Report of the veterinary officer investigating camel disease
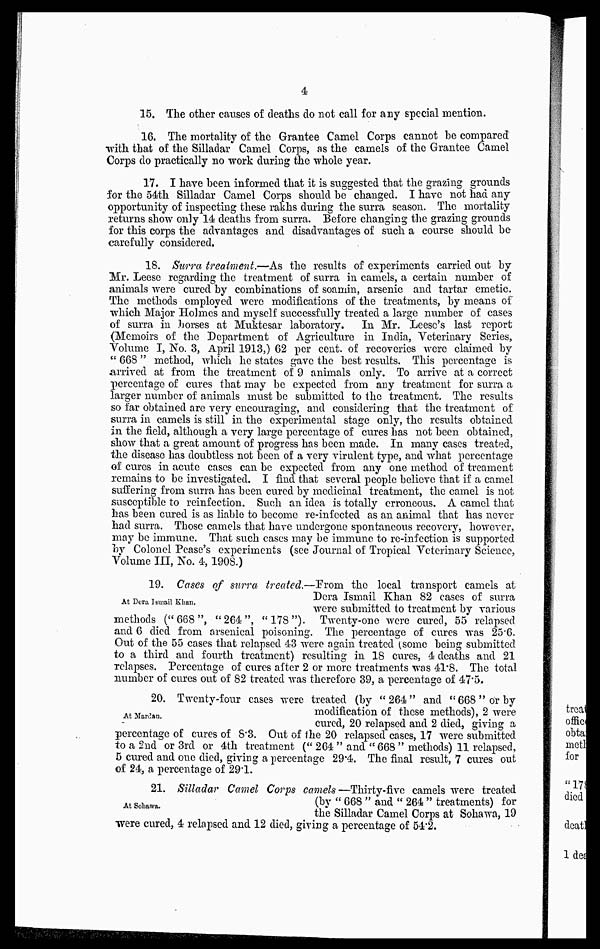
4
15. The other causes of deaths do not call fox any special mention.
16. The mortality of the Grantee Camel Corps cannot be compared
with that of the Silladar Camel Corps, as the camels of the Grantee Camel
Corps do practically no work during the whole year.
17. I have been informed that it is suggested that the grazing grounds
for the 54th Silladar Camel Corps should he changed. I have not had any
opportunity of inspecting these rakhs during the surra season. The mortality
returns show only 14 deaths from surra. Before changing the grazing grounds
for this corps the advantages and disadvantages of such a course should be
carefully considered.
18. Surra treatment.—As the results of experiments carried out by
Mr. Leese regarding the treatment of surra in camels, a certain number of
animals were cured by combinations of soamin, arsenic and tartar emetic.
The methods employed were modifications of the treatments, by means of
which Major Holmes and myself successfully treated a large number of cases
of surra in horses at Muktesar laboratory.
In Mr. Leese's last report
(Memoirs of the Department of Agriculture in India, Veterinary Series,
Volume I, No. 3, April 1913,) 62 per cent. of recoveries were claimed by
" 668 " method, which he states gave the best results. This percentage is
arrived at from the treatment of 9 animals only. To arrive at a correct
percentage of cures that may be expected from any treatment for surra a
larger number of animals must be submitted to the treatment. The results
so far obtained are very encouraging, and considering that the treatment of
surra in camels is still in the experimental stage only, the results obtained
in the field, although a very large percentage of cures has not been obtained,
show that a great amount of progress has been made. In many cases treated,
the disease has doubtless not been of a very virulent type, and what percentage
of cures in acute cases can be expected from any one method of treament
remains to be investigated. I find that several people believe that if a camel
suffering from surra has been cured by medicinal treatment, the camel is not
susceptible to reinfection. Such an idea is totally erroneous. A camel that
has been cured is as liable to become re-infected as an animal that has never
had surra. Those camels that have undergone spontaneous recovery, however,
may be immune. That such cases may be immune to re-infection is supported
by Colonel Pease's experiments (see Journal of Tropical Veterinary Science,
Volume III, No. 4,1908.)
At Dura Ismail Khan.
19. Cases of surra treated.—From the local transport camels at
Dera Ismail Khan 82 cases of surra
were submitted to treatment by various
methods (" 668 ", "264", "178"). Twenty-one were cured, 55 relapsed
and 6 died from arsenical poisoning. The percentage of cures was 25.6.
Out of the 55 cases that relapsed 43 were again treated (some being submitted
to a third and fourth treatment) resulting in 18 cures, 4 deaths and 21
relapses. Percentage of cures after 2 or more treatments was 41.8. The total
number of cures out of 82 treated was therefore 39, a percentage of 47.5.
At Martian.
20. Twenty-four cases were treated (by "264 and " 668 "or by
modification of these methods), 2 were
cured, 20 relapsed and 2 died, giving a
percentage of cures of 8.3. Out of the 20 relapsed cases, 17 were submitted
to a 2nd or 3rd or 4th treatment (" 264 " and "668" methods) 11 relapsed,
5 cured and one died, giving a percentage 29.4. The final result, 7 cures out
of 24, a percentage of 29.1.
At Sohawa.
21. Silladar Camel Corps camels—Thirty-five camels were treated
(by " 668 " and " 264 " treatments) for
the Silladar Camel Corps at Sohawa, 19
were cured, 4 relapsed and 12 died, giving a percentage of 54.2.